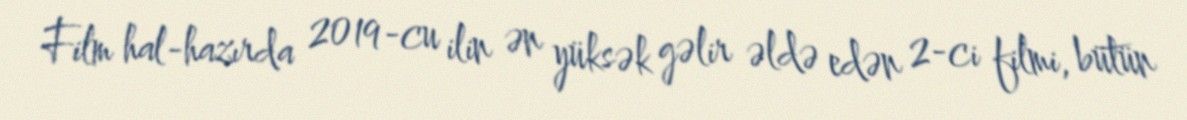
Film hal-hazırda 2019-cu ilin ən yüksək gəlir əldə edən 2-ci filmi, bütün